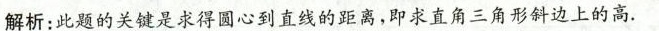
解析：此题的关键是求得圆心到直线的距离，即求直角三角形斜边上的高